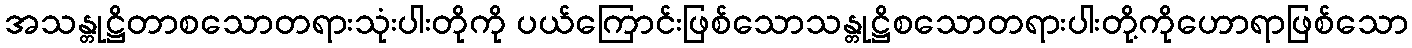
အသန္တုဋ္ဌိတာစသောတရားသုံးပါးတိုကို ပယ်ကြောင်းဖြစ်သောသန္တုဋ္ဌိစသောတရားပါးတို့ကိုဟောရာဖြစ်သော